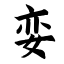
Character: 娈